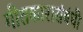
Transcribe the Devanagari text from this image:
गीतकारासंबंधी